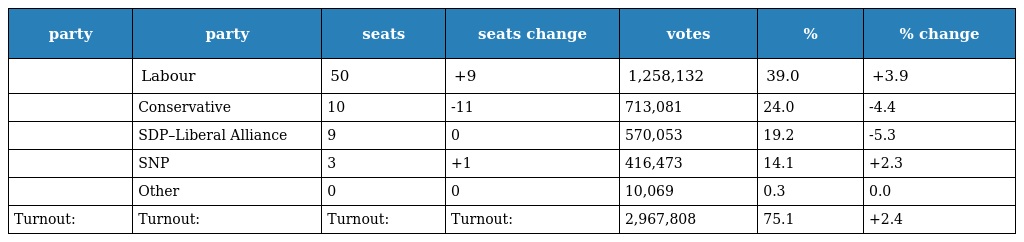
| party | party | seats | seats change | votes | % | % change |
 | --- | --- | --- | --- | --- | --- | --- |
 |  | Labour | 50 | +9 | 1,258,132 | 39.0 | +3.9 |
 |  | Conservative | 10 | -11 | 713,081 | 24.0 | -4.4 |
 |  | SDP–Liberal Alliance | 9 | 0 | 570,053 | 19.2 | -5.3 |
 |  | SNP | 3 | +1 | 416,473 | 14.1 | +2.3 |
 |  | Other | 0 | 0 | 10,069 | 0.3 | 0.0 |
 | Turnout: | Turnout: | Turnout: | Turnout: | 2,967,808 | 75.1 | +2.4 |